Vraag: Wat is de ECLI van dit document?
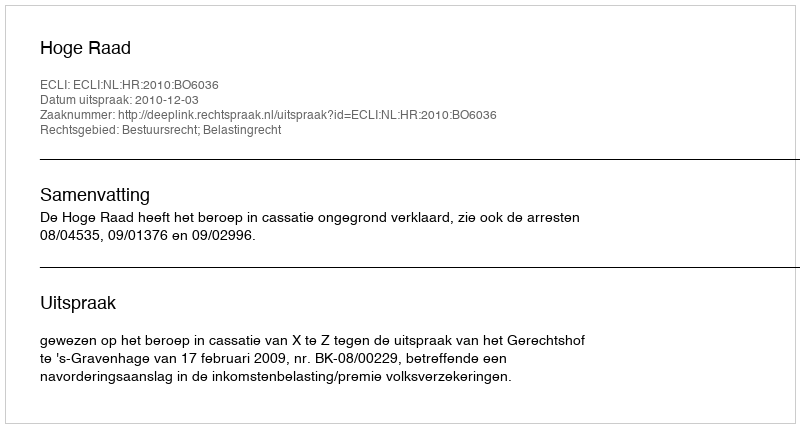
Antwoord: ECLI:NL:HR:2010:BO6036